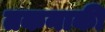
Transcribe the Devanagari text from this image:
तकनाकी